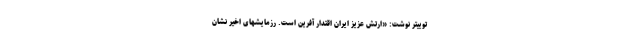
توییتر نوشت: «ارتش عزیز ایران اقتدار آفرین است. رزمایشهای اخیر نشان